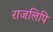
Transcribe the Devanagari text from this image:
राजलिपि